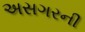
અસગરની